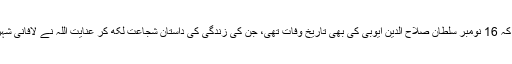
دلچسپ بات یہ تھی کہ 16 نومبر سلطان صلاح الدین ایوبی کی بھی تاریخ وفات تھی، جن کی زندگی کی داستان شجاعت لکھ کر عنایت اللہ نے لافانی شہرت حاصل کی تھی۔